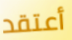
أعتقد